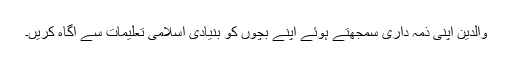
والدین اپنی ذمہ داری سمجھتے ہوئے اپنے بچوں کو بنیادی اسلامی تعلیمات سے آگاہ کریں۔